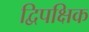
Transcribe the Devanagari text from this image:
द्विपक्षिक